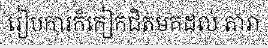
រៀបការក៏កៀកជិតមកដល់ តារា